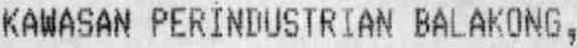
KAWASAN PERINDUSTRIAN BALAKONG,